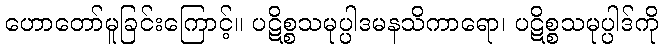
ဟောတော်မူခြင်းကြောင့်။ ပဋိစ္စသမုပ္ပါဒမနသိကာရော၊ ပဋိစ္စသမုပ္ပါဒ်ကို